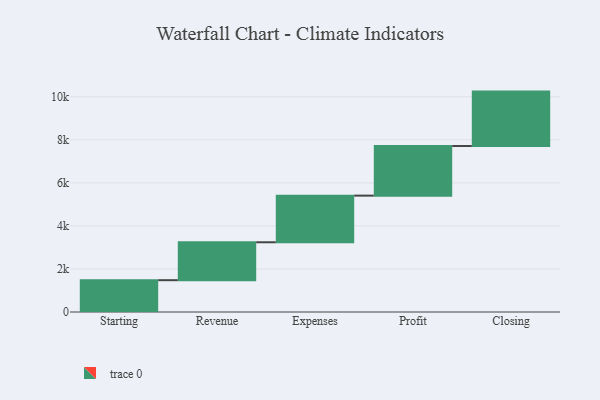
{"axis": {"x": "Step", "y": "Value"}, "legend": [""], "data": [{"x": "Starting", "y": 1478.0, "type": ""}, {"x": "Revenue", "y": 1762.0, "type": ""}, {"x": "Expenses", "y": 2167.0, "type": ""}, {"x": "Profit", "y": 2305.0, "type": ""}, {"x": "Closing", "y": 2529.0, "type": ""}]}